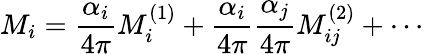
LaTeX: M_{i}=\frac{\alpha_{i}}{4\pi}M_{i}^{(1)}+\frac{\alpha_{i}}{4\pi}\frac{\alpha_{j}}{4\pi}M_{ij}^{(2)}+\cdots